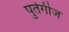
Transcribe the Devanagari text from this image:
पुर्तगीज